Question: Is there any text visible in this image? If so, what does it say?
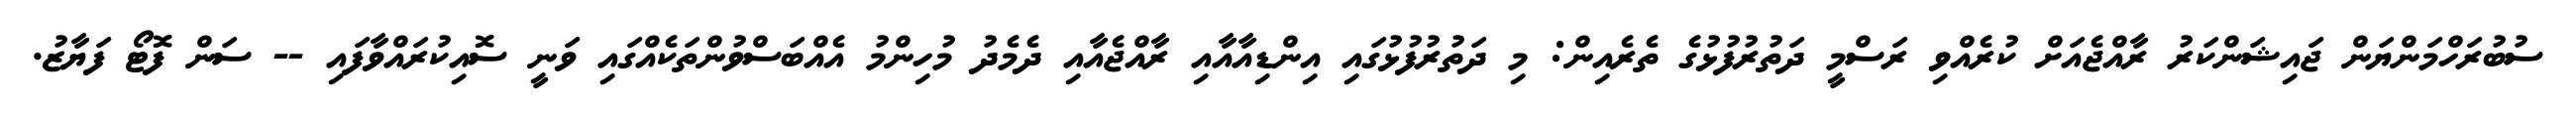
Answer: ސުބުރަހްމަންޔަން ޖައިޝަންކަރު ރާއްޖެއަށް ކުރެއްވި ރަސްމީ ދަތުރުފުޅުގެ ތެރެއިން: މި ދަތުރުފުޅުގައި އިންޑިއާއާއި ރާއްޖެއާއި ދެމެދު މުހިންމު އެއްބަސްވުންތަކެއްގައި ވަނީ ސޮއިކުރައްވާފައި -- ސަން ފޮޓޯ ފަޔާޒު.